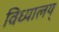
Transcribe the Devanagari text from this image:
विध्यालय्